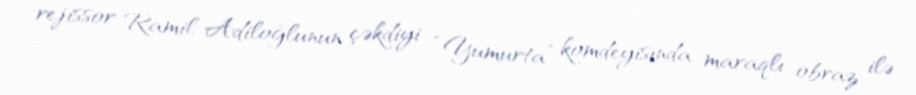
rejissor Ramil Adiloğlunun çəkdiyi “Yumurta” komdeyisında maraqlı obraz ilə